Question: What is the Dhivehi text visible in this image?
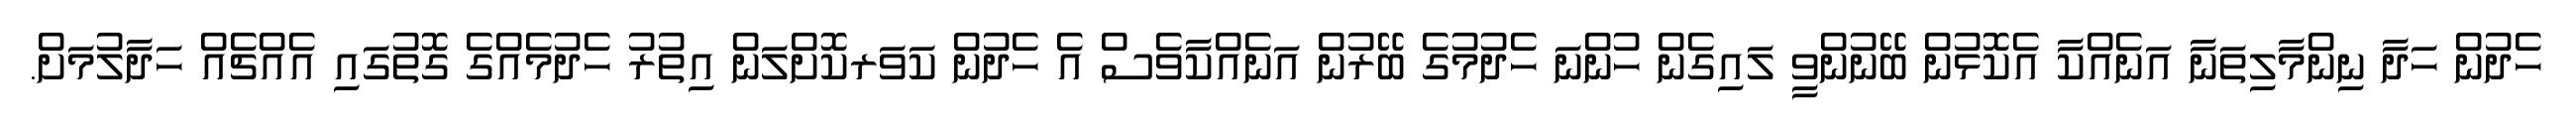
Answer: ހެދުން ހަދާ ނިންމާލިތަނާ އަނެއްކާ އެކޮޅުން ބޭނުންވީ ލައިގެން ހުންނަ ހެދުމުގެ ބޭރުން އަނެއްކާވެސް އެ ހެދުން ކަވަރކޮށްލަން އިތުރު ހެދުމެއްގެ ގޮތުގައި އެއްޗެއް ހަދާލުމަށް.